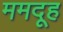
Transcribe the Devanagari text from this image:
ममदूह